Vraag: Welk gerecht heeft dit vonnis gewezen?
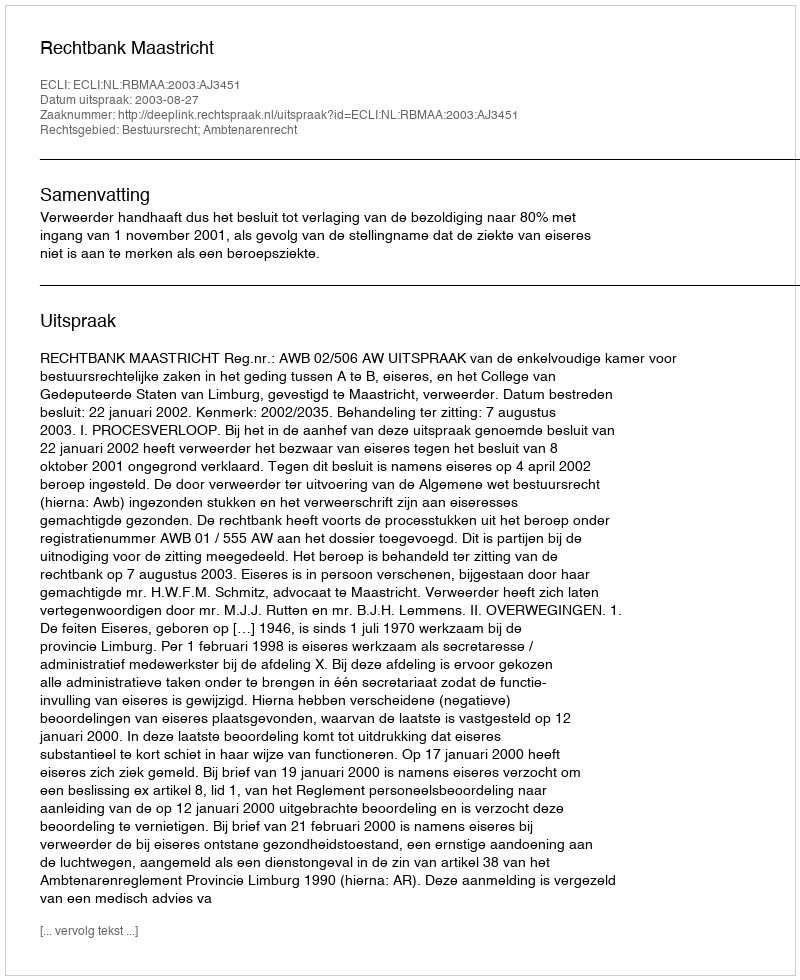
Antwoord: Rechtbank Maastricht